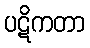
ပဋိကတာ